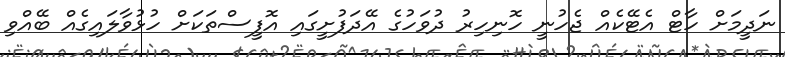
ނަދީމަށް ހާޓް އެޓޭކެއް ޖެހުނީ ހޮނިހިރު ދުވަހުގެ އޭދަފުށީގައި އޮފީސްތަކަށް ހުޅުވާލައިގެއް ބޭއްވި